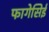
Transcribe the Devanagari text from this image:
फागेसिई